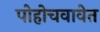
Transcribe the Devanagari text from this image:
पोहोचवावेत